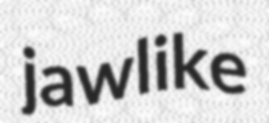
jawlike